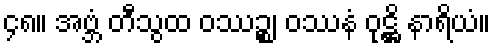
၄၈။ အဗ္ဘံ တီသွထ ဝဿဉ္စ၊ ဝဿနံ ဝုဋ္ဌိ နာရိယံ။